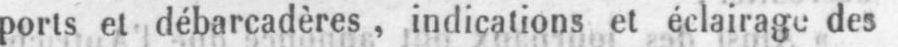
ports et débarcadères, indications et éclairage des